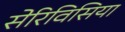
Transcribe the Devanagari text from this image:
सेरिविसिया